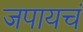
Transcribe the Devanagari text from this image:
जपायचं